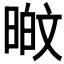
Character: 𭦸